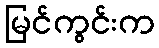
မြင်ကွင်းက